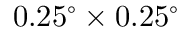
\ensuremath { 0 . 2 5 ^ { \circ } } \times \ensuremath { 0 . 2 5 ^ { \circ } }